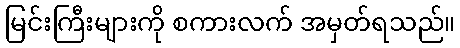
မြင်းကြီးများကို စကားလက် အမှတ်ရသည်။